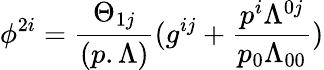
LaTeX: \phi^{2i}={\frac{\Theta_{1j}}{(p.\Lambda)}}(g^{ij}+{\frac{p^{i}\Lambda^{0j}}{p_{0}\Lambda_{00}}})